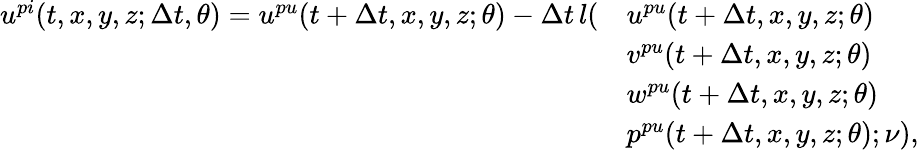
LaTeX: \begin{array}{rl}{u^{pi}(t,x,y,z;\Delta t,\theta)=u^{pu}(t+\Delta t,x,y,z;\theta)-\Delta t\, l(}&{u^{pu}(t+\Delta t,x,y,z;\theta)}\\ &{v^{pu}(t+\Delta t,x,y,z;\theta)}\\ &{w^{pu}(t+\Delta t,x,y,z;\theta)}\\ &{p^{pu}(t+\Delta t,x,y,z;\theta);\nu),}\end{array}